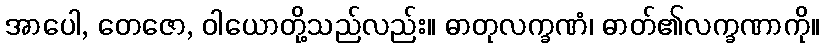
အာပေါ, တေဇော, ဝါယောတို့သည်လည်း။ ဓာတုလက္ခဏံ၊ ဓာတ်၏လက္ခဏာကို။